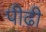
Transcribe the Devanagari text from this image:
पीढ़़ी